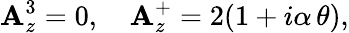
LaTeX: \mathbf{A}_{z}^{3}=0,\ \ \ \ \mathbf{A}_{z}^{+}=2(1+i\alpha\, \theta),